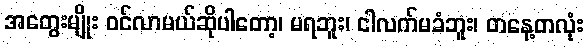
အတွေးမျိုး ဝင်လာမယ်ဆိုပါတော့၊ မရဘူး၊ ငါလက်မခံဘူး၊ တနေ့တလုံး